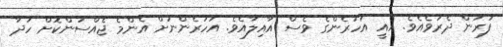
ފުރަން ދެރަވެއެވެ. އެއީ އަހަރެންގެ ވެސް އާއިލާއެވެ. އަހަރެންނަށް އެންމެ ޖެއްސުންކޮށް ހަދާ